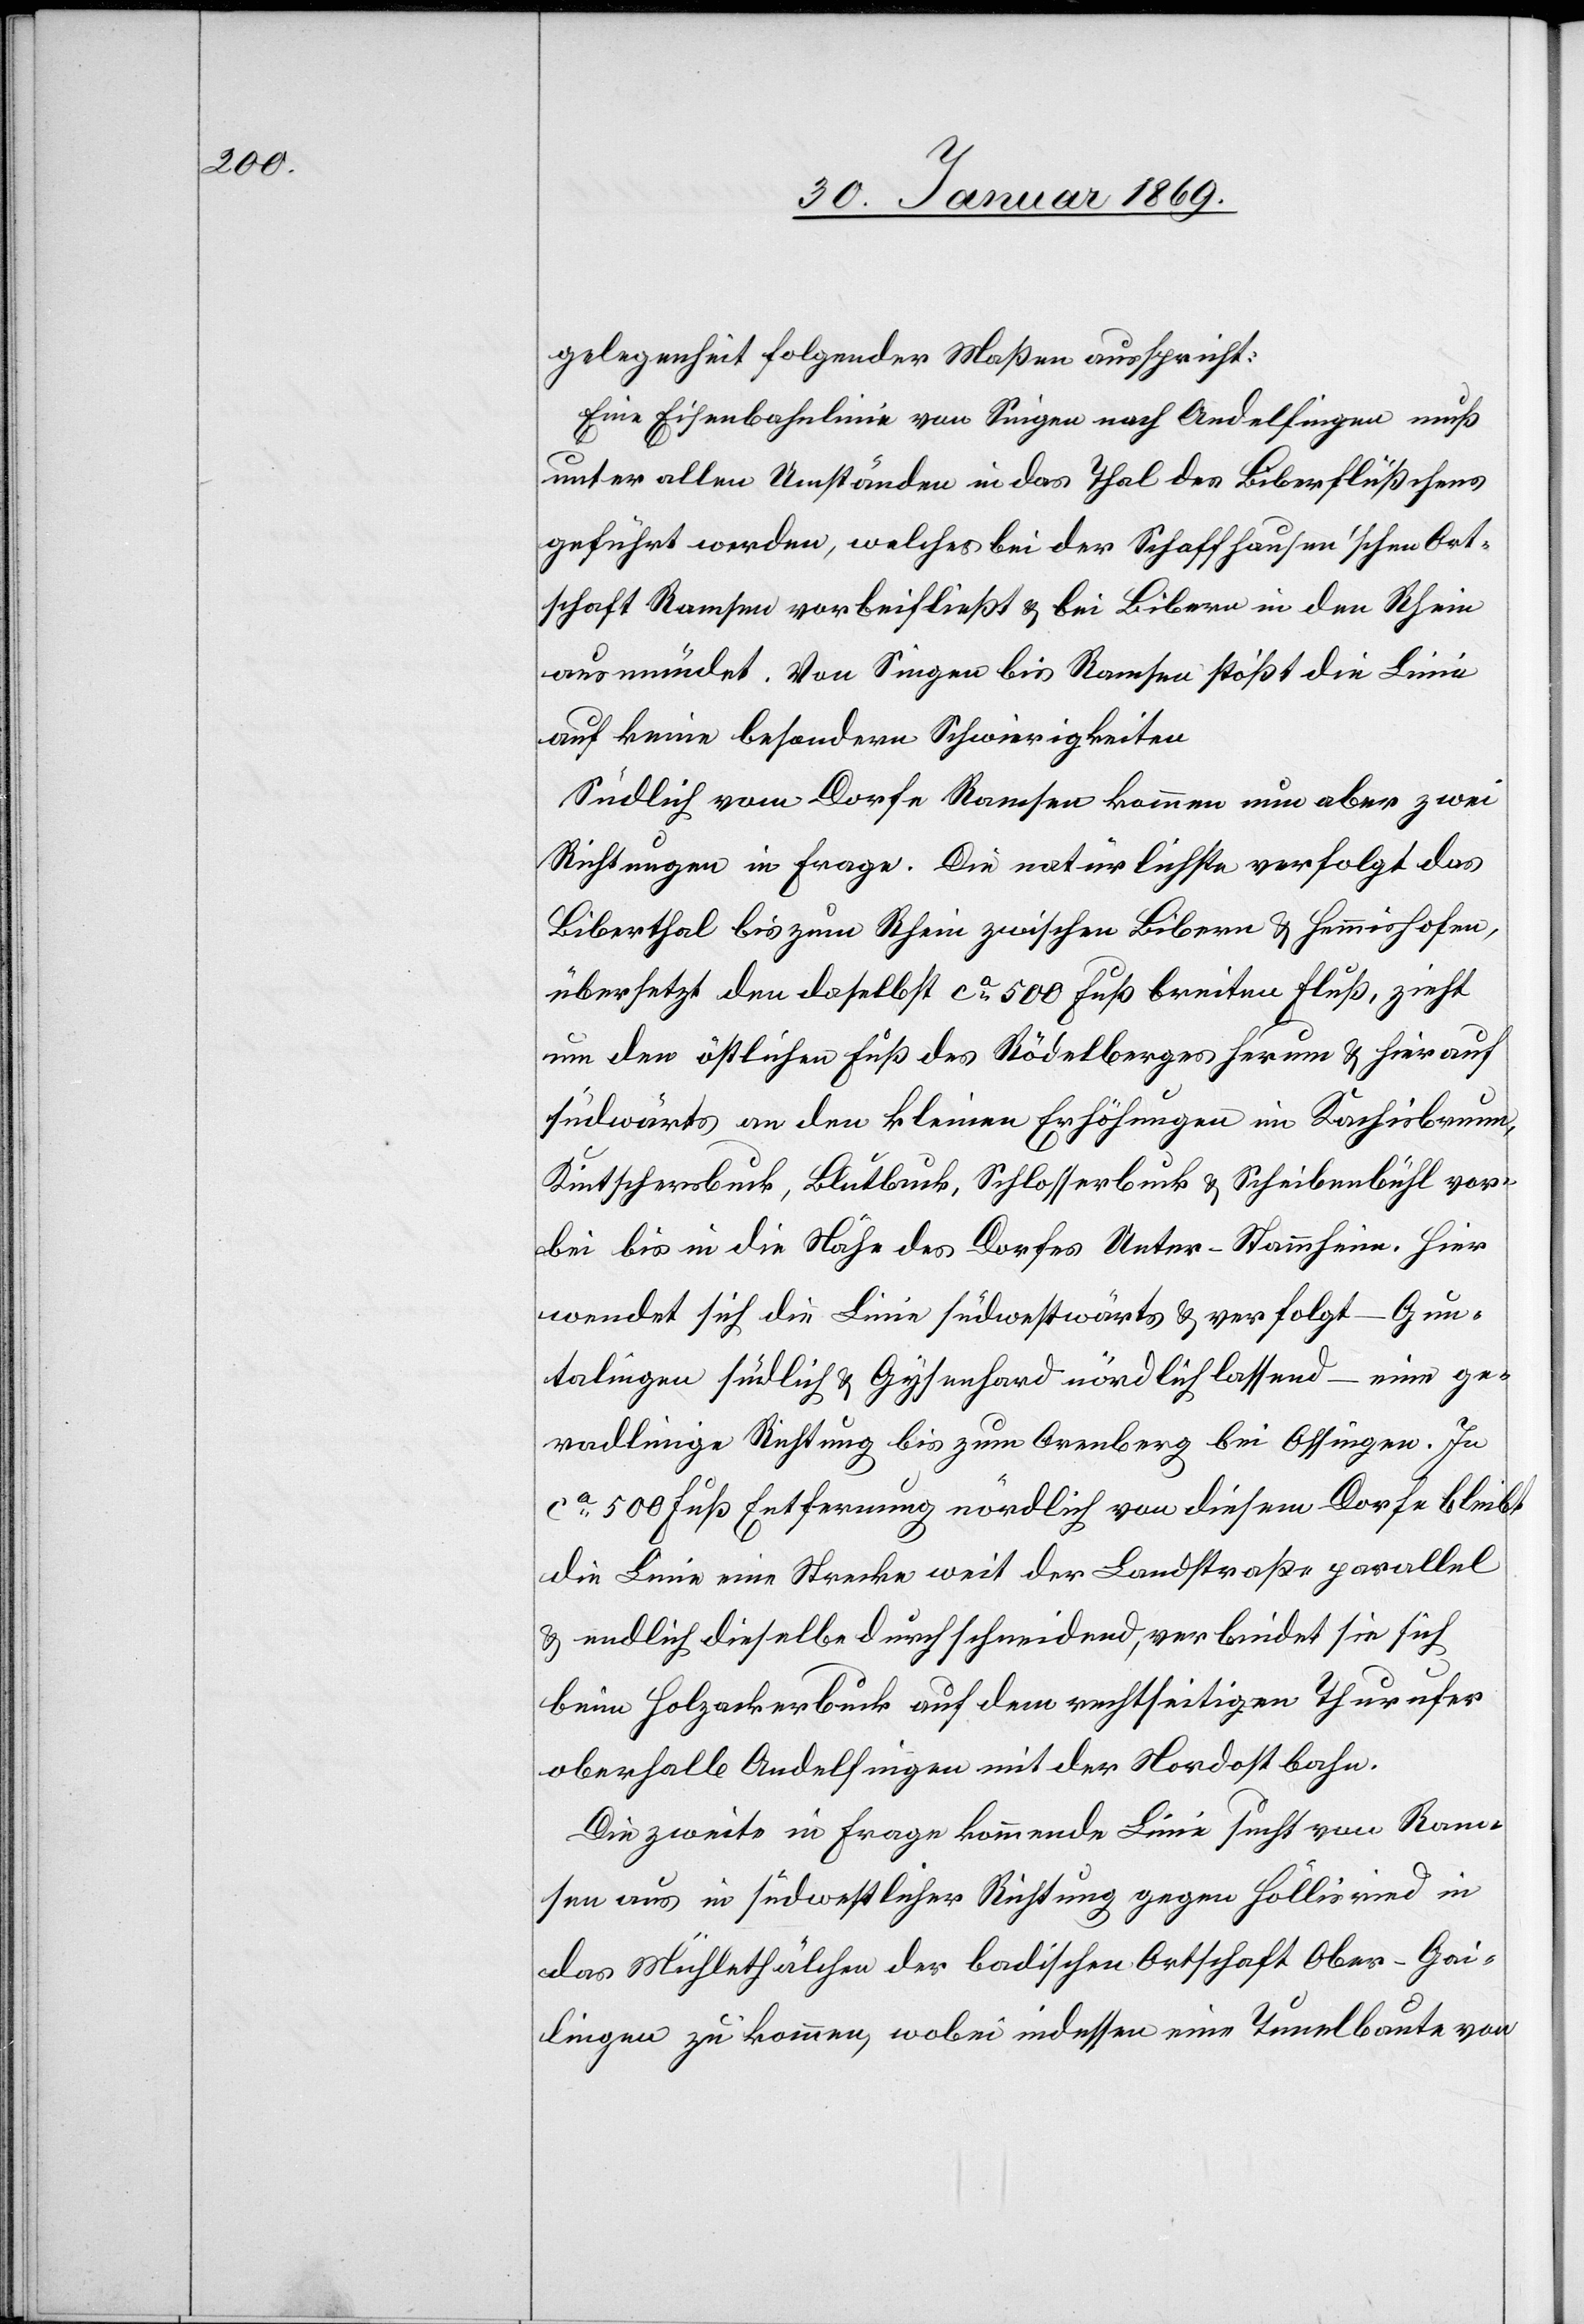
gelegenheit folgender Maßen ausspricht:
Eine Eisenbahnlinie von Singen nach Andelfingen muß
unter allen Umständen in das Thal des Biberflüßchens
geführt werden, welches bei der Schaffhausen’schen Ort¬
schaft Ramsen vorbeifließt u. bei Bibern in den Rhein
mündet. Von Singen bis Ramsen stößt die Linie
auf keine besondern Schwierigkeiten.
Südlich vom Dorfe Ramsen kommen nun aber zwei
Richtungen in Frage. Die natürlichste verfolgt das
Biberthal bis zum Rhein zwischen Bibern u. Hemmishofen,
übersetzt den daselbst ca 500 Fuß breiten Fluß, zieht
um den östlichen Fuß des Rödelberges herum u. hierauf
südwärts an den kleinen Erhöhungen in Kachisbrunn,
Kintschersbuck, Blutbuck, Schlosserbuck u. Scheibenbühl vor¬
bei bis in die Nähe des Dorfes Unter-Stammheim. Hier
wendet sich die Linie südwärts u. verfolgt – Gun¬
talingen südlich u. Gysenhard nördlich lassend – eine ge¬
radlinige Richtung bis zum Arenberg bei Ossingen. Je
ca 500 Fuß Entfernung nördlich von diesem Dorfe bleibt
die Linie eine Strecke weit der Landstraße parallel
u. endlich dieselbe durchschneidend, verbindet sie sich
beim Holzackerbuck auf dem rechtseitigen Thurufer
oberhalb Andelfingen mit der Nordostbahn.
Die zweite in Frage kommende Linie sucht von Ram¬
sen aus in südwestlicher Richtung gegen Höllisried in
das Mühlethälchen der badischen Ortschaft Ober-Gai¬
lingen zu kommen, wobei indessen eine Tunnelbaute von